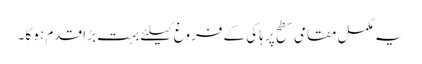
یہ مکمل مقامی سطح پر ہاکی کے فروغ کیلئے بہت بڑا قدم ہو گا۔